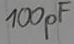
Text: 100pF